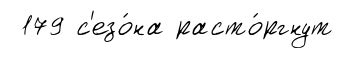
179 с'езо́на расто́ргнут